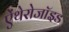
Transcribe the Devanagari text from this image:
ऐंथेरोजॉइड